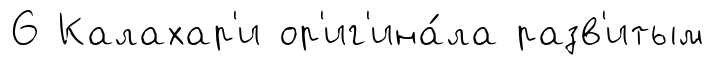
6 Калахар'и ор'иг'ина́ла разв'итым